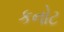
કનોટ